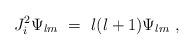
LaTeX: \begin{align*}J^2_i \Psi_{lm} \ = \ l(l+1) \Psi_{lm} \ ,\end{align*}